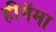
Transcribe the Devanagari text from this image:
हीगॅमा